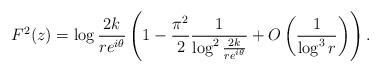
LaTeX: \begin{gather*}F^2(z) = \log \frac{2k}{re^{i\theta}} \left( 1 - \frac{\pi^2}{2} \frac{1}{\log^2 \frac{2k}{re^{i\theta}}} + O\left(\frac{1}{\log^3 r}\right)\right).\end{gather*}